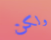
ولكن